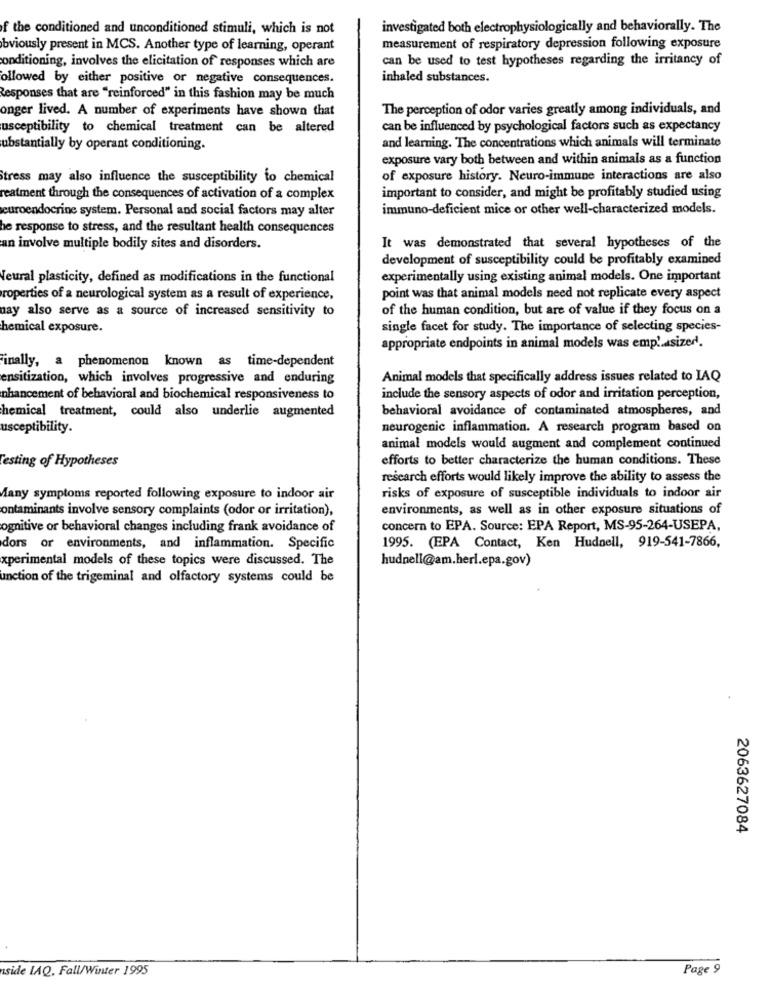
f the conditioned and unconditioned stimuli, which is not
investigated both electrophysiologically and behaviorally. The
obviously present in MCS. Another type of learning, operant
measurement of respiratory depression following exposure
can be used to test hypotheses regarding the irritancy of
conditioning, involves the elicitation of responses which are
ollowed by either positive or negative consequences.
inhaled substances.
Responses that are "reinforced" in this fashion may be much
onger lived. A number of experiments have shown that
The perception of odor varies greatly among individuals, and
usceptibility to chemical treatment can be altered
can be influenced by psychological factors such as expectancy
and learning. The concentrations which animals will terminate
ubstantially by operant conditioning.
exposure vary both between and within animals as a function
Stress may also influence the susceptibility to chemical
of exposure history. Neuro-immune interactions are also
reatment through the consequences of activation of a complex
important to consider, and might be profitably studied using
euroendocrine system. Personal and social factors may alter
immuno-deficient mice or other well-characterized models.
he response to stress, and the resultant health consequences
an involve multiple bodily sites and disorders.
It was demonstrated that several hypotheses of the
development of susceptibility could be profitably examined
Neural plasticity, defined as modifications in the functional
experimentally using existing animal models. One important
roperties of a neurological system as a result of experience,
point was that animal models need not replicate every aspect
uay also serve as a source of increased sensitivity to
of the human condition, but are of value if they focus on a
hemical exposure.
single facet for study. The importance of selecting species-
appropriate endpoints in animal models was emp'.asized.
Finally, a phenomenon known as time-dependent
ensitization, which involves progressive and enduring
Animal models that specifically address issues related to IAQ
nhancement of behavioral and biochemical responsiveness to
include the sensory aspects of odor and irritation perception,
hemical treatment, could also underlie augmented
behavioral avoidance of contaminated atmospheres, and
usceptibility.
neurogenic inflammation. A research program based on
animal models would augment and complement continued
Testing of Hypotheses
efforts to better characterize the human conditions. These
research efforts would likely improve the ability to assess the
Many symptoms reported following exposure to indoor air
risks of exposure of susceptible individuals to indoor air
ontaminants involve sensory complaints (odor or irritation),
environments, as well as in other exposure situations of
ognitive or behavioral changes including frank avoidance of
concern to EPA. Source: EPA Report, MS-95-264-USEPA,
dors or environments, and inflammation. Specific
1995. (EPA Contact, Ken Hudnell, 919-541-7866,
xperimental models of these topics were discussed. The
hudnell@am.herl.epa.gov)
unction of the trigeminal and olfactory systems could be
2063627084
nside LAQ, Fall/Winter 1995
Page 9